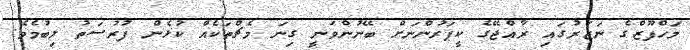
މަހްފޫޒްގެ ނަޒަރުގައި ރާއްޖޭގެ ކީޕަރުންނަށް ބޭނުންވަނީ ގިނަ މެޗްތަކެއް ކުޅެން ފުރުސަތު ލިބުމެވެ.